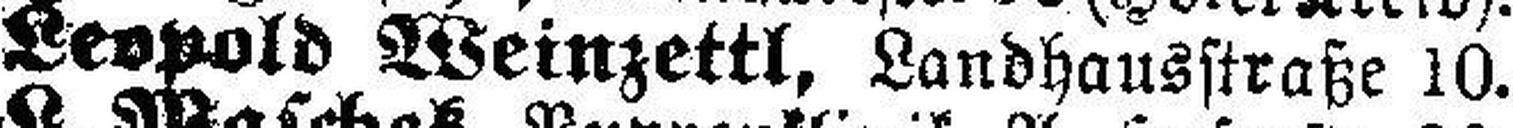
Leopold Weinzettl, Landhausstraße 10.